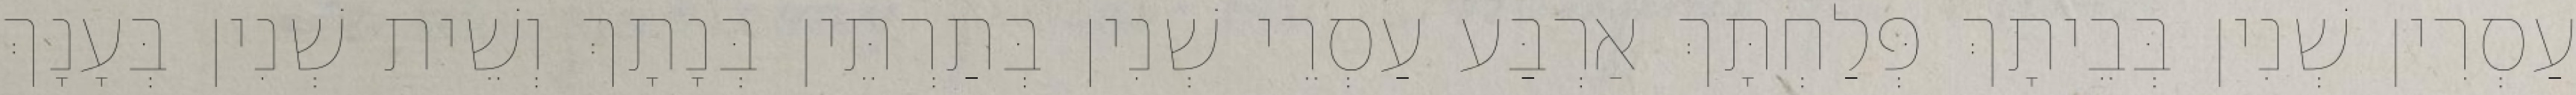
עַסְרִין שְׁנִין בְּבֵיתָךְ פְּלַחְתָּךְ אַרְבַּע עַסְרֵי שְׁנִין בְּתַרְתֵּין בְּנָתָךְ וְשֵׁית שְׁנִין בְּעָנָךְ